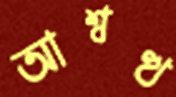
আশ্বত্থ